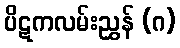
ပိဋကလမ်းညွှန် (ဂ)